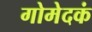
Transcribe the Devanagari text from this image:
गोमेदकं